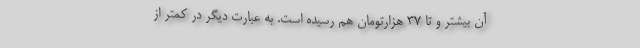
آن بیشتر و تا ۳۷ هزارتومان هم رسیده است. به عبارت دیگر در کمتر از